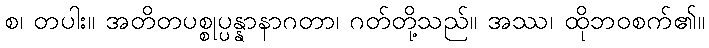
စ၊ တပါး။ အတိတပစ္စုပ္ပန္နာနာဂတာ၊ ဂတ်တို့သည်။ အဿ၊ ထိုဘဝစက်၏။